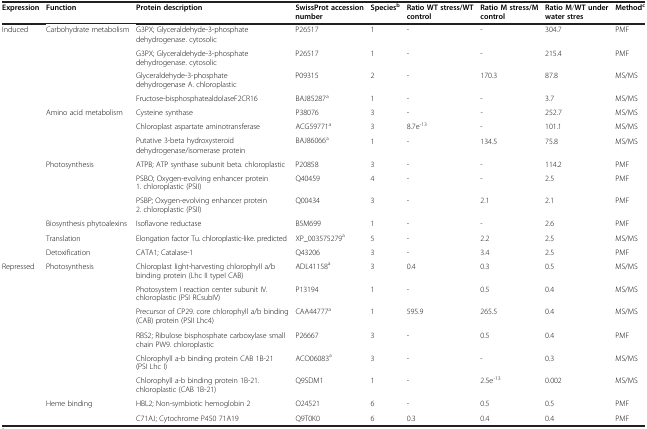
<table><thead><tr><td><b>Expression</b></td><td><b>Function</b></td><td><b>Protein description</b></td><td><b>SwissProt accession number</b></td><td><b>Species<sup>b</sup></b></td><td><b>Ratio WT stress/WT control</b></td><td><b>Ratio M stress/M control</b></td><td><b>Ratio M/T under water stres</b></td><td><b>Method<sup>c</sup></b></td></tr></thead><tbody><tr><td>Induced</td><td>Carbohydrate metabolism</td><td>G3PX; Glyceraldehyde-3-phosphate dehydrogenase. cytosolic</td><td>P26517</td><td>1</td><td>-</td><td>-</td><td>304.7</td><td>PMF</td></tr><tr><td> </td><td> </td><td>G3PX; Glyceraldehyde-3-phosphate dehydrogenase. cytosolic</td><td>P26517</td><td>1</td><td>-</td><td>-</td><td>215.4</td><td>PMF</td></tr><tr><td> </td><td> </td><td>Glyceraldehyde-3-phosphate dehydrogenase A. chloroplastic</td><td>P09315</td><td>2</td><td>-</td><td>170.3</td><td>87.8</td><td>MS/MS</td></tr><tr><td> </td><td> </td><td>Fructose-bisphosphatealdolaseF2CR16</td><td>BAJ85287<sup>a</sup></td><td>1</td><td>-</td><td>-</td><td>3.7</td><td>MS/MS</td></tr><tr><td> </td><td rowspan="2">Amino acid metabolism</td><td>Cysteine synthase</td><td>P38076</td><td>3</td><td>-</td><td>-</td><td>252.7</td><td>MS/MS</td></tr><tr><td> </td><td>Chloroplast aspartate aminotransferase</td><td>ACG59771<sup>a</sup></td><td>3</td><td>8.7e<sup>-13</sup></td><td>-</td><td>101.1</td><td>MS/MS</td></tr><tr><td> </td><td> </td><td>Putative 3-beta hydroxysteroid dehydrogenase/isomerase protein</td><td>BAJ86066<sup>a</sup></td><td>1</td><td>-</td><td>134.5</td><td>75.8</td><td>MS/MS</td></tr><tr><td> </td><td>Photosynthesis</td><td>ATPB; ATP synthase subunit beta. chloroplastic</td><td>P20858</td><td>3</td><td>-</td><td>-</td><td>114.2</td><td>PMF</td></tr><tr><td> </td><td> </td><td>PSBO; Oxygen-evolving enhancer protein 1. chloroplastic (PSII)</td><td>Q40459</td><td>4</td><td>-</td><td>-</td><td>2.5</td><td>PMF</td></tr><tr><td> </td><td> </td><td>PSBP; Oxygen-evolving enhancer protein 2. chloroplastic (PSII)</td><td>Q00434</td><td>3</td><td>-</td><td>2.1</td><td>2.1</td><td>PMF</td></tr><tr><td> </td><td>Biosynthesis phytoalexins</td><td>Isoflavone reductase</td><td>B5M699</td><td>1</td><td>-</td><td>-</td><td>2.6</td><td>PMF</td></tr><tr><td> </td><td>Translation</td><td>Elongation factor Tu. chloroplastic-like. predicted</td><td>XP_003575279<sup>a</sup></td><td>5</td><td>-</td><td>2.2</td><td>2.5</td><td>MS/MS</td></tr><tr><td> </td><td>Detoxification</td><td>CATA1; Catalase-1</td><td>Q43206</td><td>3</td><td>-</td><td>3.4</td><td>2.5</td><td>PMF</td></tr><tr><td>Repressed</td><td>Photosynthesis</td><td>Chloroplast light-harvesting chlorophyll a/b binding protein (Lhc II typeI CAB)</td><td>ADL41158<sup>a</sup></td><td>3</td><td>0.4</td><td>0.3</td><td>0.5</td><td>MS/MS</td></tr><tr><td> </td><td> </td><td>Photosystem I reaction center subunit IV. chloroplastic (PSI RCsubIV)</td><td>P13194</td><td>1</td><td>-</td><td>0.5</td><td>0.4</td><td>MS/MS</td></tr><tr><td> </td><td> </td><td>Precursor of CP29. core chlorophyll a/b binding (CAB) protein (PSII Lhc4)</td><td>CAA44777<sup>a</sup></td><td>1</td><td>595.9</td><td>265.5</td><td>0.4</td><td>MS/MS</td></tr><tr><td> </td><td> </td><td>RBS2; Ribulose bisphosphate carboxylase small chain PW9. chloroplastic</td><td>P26667</td><td>3</td><td>-</td><td>0.5</td><td>0.4</td><td>PMF</td></tr><tr><td> </td><td> </td><td>Chlorophyll a-b binding protein CAB 1B-21 (PSI Lhc I)</td><td>ACO06083<sup>a</sup></td><td>3</td><td>-</td><td>-</td><td>0.3</td><td>MS/MS</td></tr><tr><td> </td><td> </td><td>Chlorophyll a-b binding protein 1B-21. chloroplastic (CAB 1B-21)</td><td>Q9SDM1</td><td>1</td><td>-</td><td>2.5e<sup>-13</sup></td><td>0.002</td><td>MS/MS</td></tr><tr><td> </td><td>Heme binding</td><td>HBL2; Non-symbiotic hemoglobin 2</td><td>O24521</td><td>6</td><td>-</td><td>0.5</td><td>0.5</td><td>PMF</td></tr><tr><td> </td><td> </td><td>C71AJ; Cytochrome P450 71A19</td><td>Q9T0K0</td><td>6</td><td>0.3</td><td>0.4</td><td>0.4</td><td>PMF</td></tr></tbody></table>